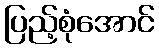
ပြည့်စုံအောင်